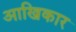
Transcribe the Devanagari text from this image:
आखिकार